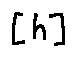
[ h ]